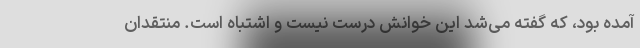
آمده بود، که گفته می‌شد این خوانش درست نیست و اشتباه است. منتقدان